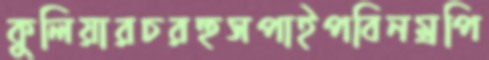
কুলিয়ারচরহুসপাইপবিনম্রপি